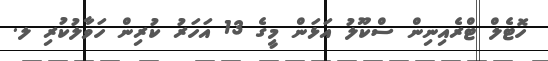
ހޮޓެލް ޓްރެއިނިން ސްކޫލު އަޅަން މީގެ 13 އަހަރު ކުރިން ހަވާލުކުރި ލ.